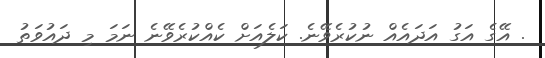
. އޭގެ އަގު އަދައެއް ނުކުރެވޭނެ. ކަލެއަށް ކެއްކުރެވޭނެ ނަމަ މި ދައުވަތު